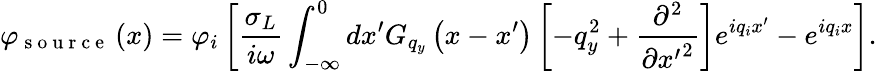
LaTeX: {{\varphi}_{\mathrm{~s~o~u~r~c~e~}}}\left(x\right)={{\varphi}_{i}}\left[\frac{{{\sigma}_{L}}}{i\omega}\int_{-\infty}^{0}{d{x}^{\prime}{{G}_{{{q}_{y}}}}\left(x-{x}^{\prime}\right)\left[-q_{y}^{2}+\frac{{{\partial}^{2}}}{\partial{{{{x}^{\prime}}}^{2}}}\right]{{e}^{i{{q}_{i}}{x}^{\prime}}}}-{{e}^{i{{q}_{i}}x}}\right].